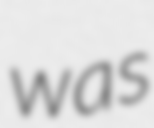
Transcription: was